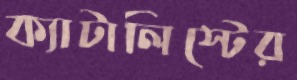
ক্যাটালিস্টের